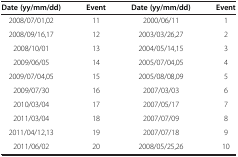
| Date (yy/mm/dd) | Event | Date (yy/mm/dd) | Event |
 | --- | --- | --- | --- |
 | 2008/07/01,02 | 11 | 2000/06/11 | 1 |
 | 2008/09/16,17 | 12 | 2003/03/26,27 | 2 |
 | 2008/10/01 | 13 | 2004/05/14,15 | 3 |
 | 2009/06/05 | 14 | 2005/07/04,05 | 4 |
 | 2009/07/04,05 | 15 | 2005/08/08,09 | 5 |
 | 2009/07/30 | 16 | 2007/03/03 | 6 |
 | 2010/03/04 | 17 | 2007/05/17 | 7 |
 | 2011/03/04 | 18 | 2007/07/09 | 8 |
 | 2011/04/12,13 | 19 | 2007/07/18 | 9 |
 | 2011/06/02 | 20 | 2008/05/25,26 | 10 |